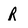
Character: R